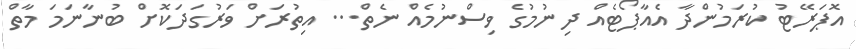
އޮޕަރޭޓު ކުރަމުންދާ އެއާޕޯޓެއް ދިނުމުގެ ވިސްނުމެއް ނެތް... އިތުރަށް ވަރުގަދަކޮށް ބުނާނަމަ މާތް